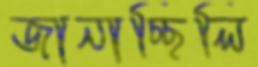
জানাচ্ছিলি